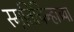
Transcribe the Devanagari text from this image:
स्मृतिचिन्हाच्या